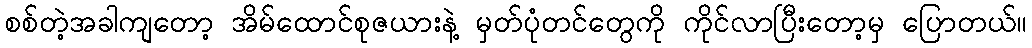
စစ်တဲ့အခါကျတော့ အိမ်ထောင်စုဇယားနဲ့ မှတ်ပုံတင်တွေကို ကိုင်လာပြီးတော့မှ ပြောတယ်။